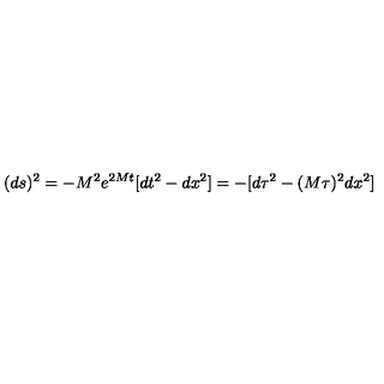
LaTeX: ( d s ) ^ { 2 } = - M ^ { 2 } e ^ { 2 M t } [ d t ^ { 2 } - d x ^ { 2 } ] = - [ d \tau ^ { 2 } - ( M \tau ) ^ { 2 } d x ^ { 2 } ]